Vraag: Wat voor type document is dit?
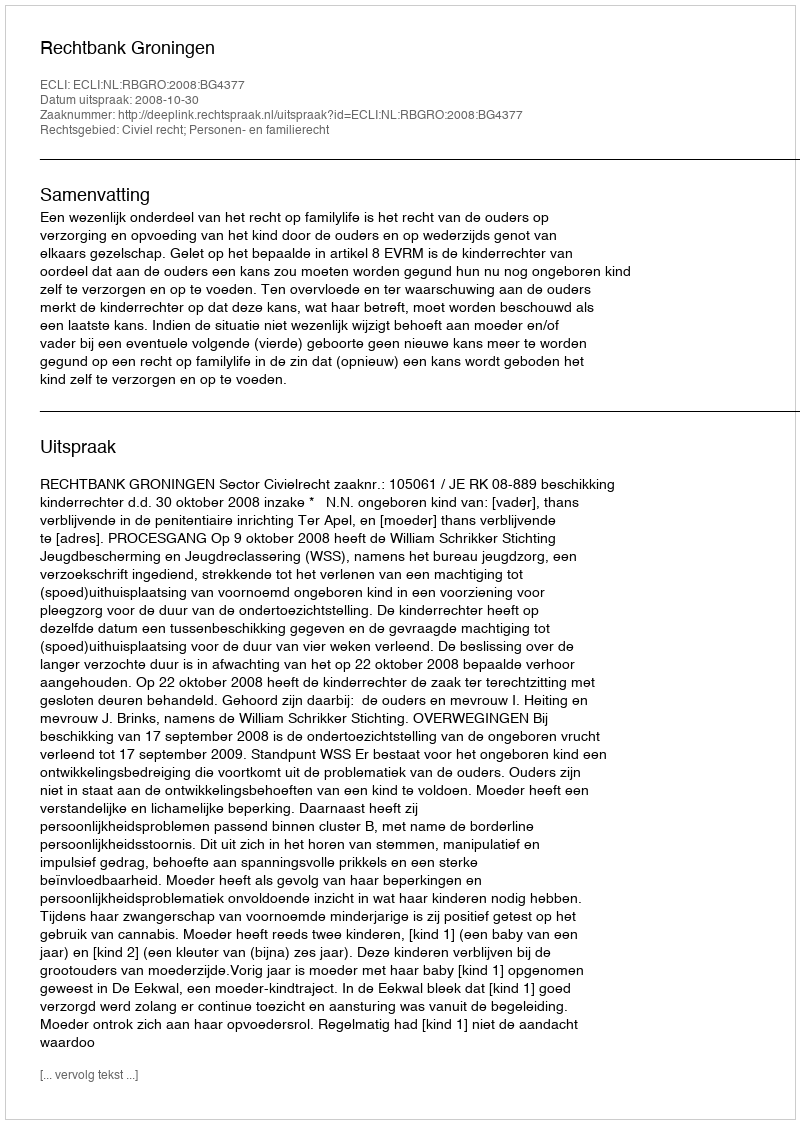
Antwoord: Uitspraak